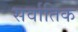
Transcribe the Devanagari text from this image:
सर्वातिक